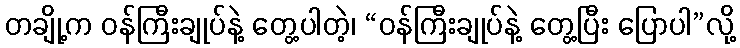
တချို့က ဝန်ကြီးချုပ်နဲ့ တွေ့ပါတဲ့၊ “ဝန်ကြီးချုပ်နဲ့ တွေ့ပြီး ပြောပါ”လို့